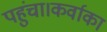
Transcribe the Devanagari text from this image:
पहुंचा।कर्वाका